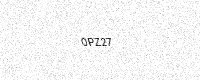
Text: 0PZ27